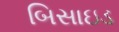
બિસાઇડ